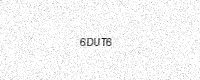
Text: 6DUT6